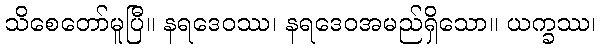
သိစေတော်မူပြီ။ နရဒေဝဿ၊ နရဒေဝအမည်ရှိသော။ ယက္ခဿ၊